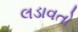
લડાવતો